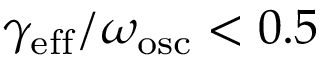
\gamma _ { \mathrm { e f f } } / \omega _ { \mathrm { o s c } } < 0 . 5